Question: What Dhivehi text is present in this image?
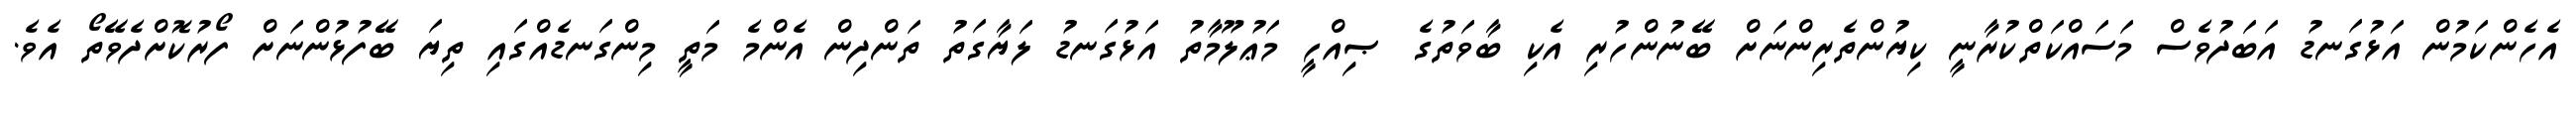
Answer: އެހެންކަމުން އަޅުގަނޑު އަބަދުވެސް މަސައްކަތްކުރާނީ ކިޔުންތެރިންނަށް ބޭނުންހުރި އެކި ބާވަތުގެ ޞިއްހީ މަޢުލޫމާތު އަޅުގަނޑު ލަޔާގަތު ތަންދިން އެންމެ މަތީ މިންގަނޑެއްގައި ތިޔަ ބޭފުޅުންނަށް ފޯރުކޮށްދެވޭތޯ އެވެ.